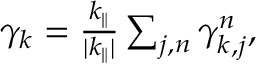
\begin{array} { r } { \gamma _ { k } = \frac { k _ { \parallel } } { | k _ { \parallel } | } \sum _ { j , n } \gamma _ { k , j } ^ { n } , } \end{array}